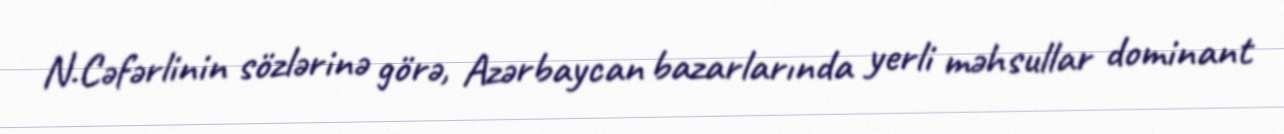
N.Cəfərlinin sözlərinə görə, Azərbaycan bazarlarında yerli məhsullar dominant